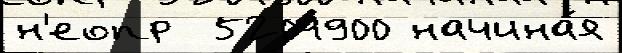
н'еопр  5204900 начина́я